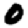
Digit: 0